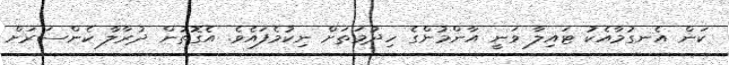
ކަން އެނގުމާއެކު ޓައިލާ ވަނީ އާންމުންގެ ހިދުމަތަށް ނިކުމެފައެވެ. އެގޮތުން ދުރާލާ ކެންސަރަށް